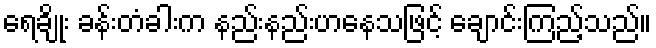
ရေချိုး ခန်းတံခါးက နည်းနည်းဟနေသဖြင့် ချောင်းကြည့်သည်။